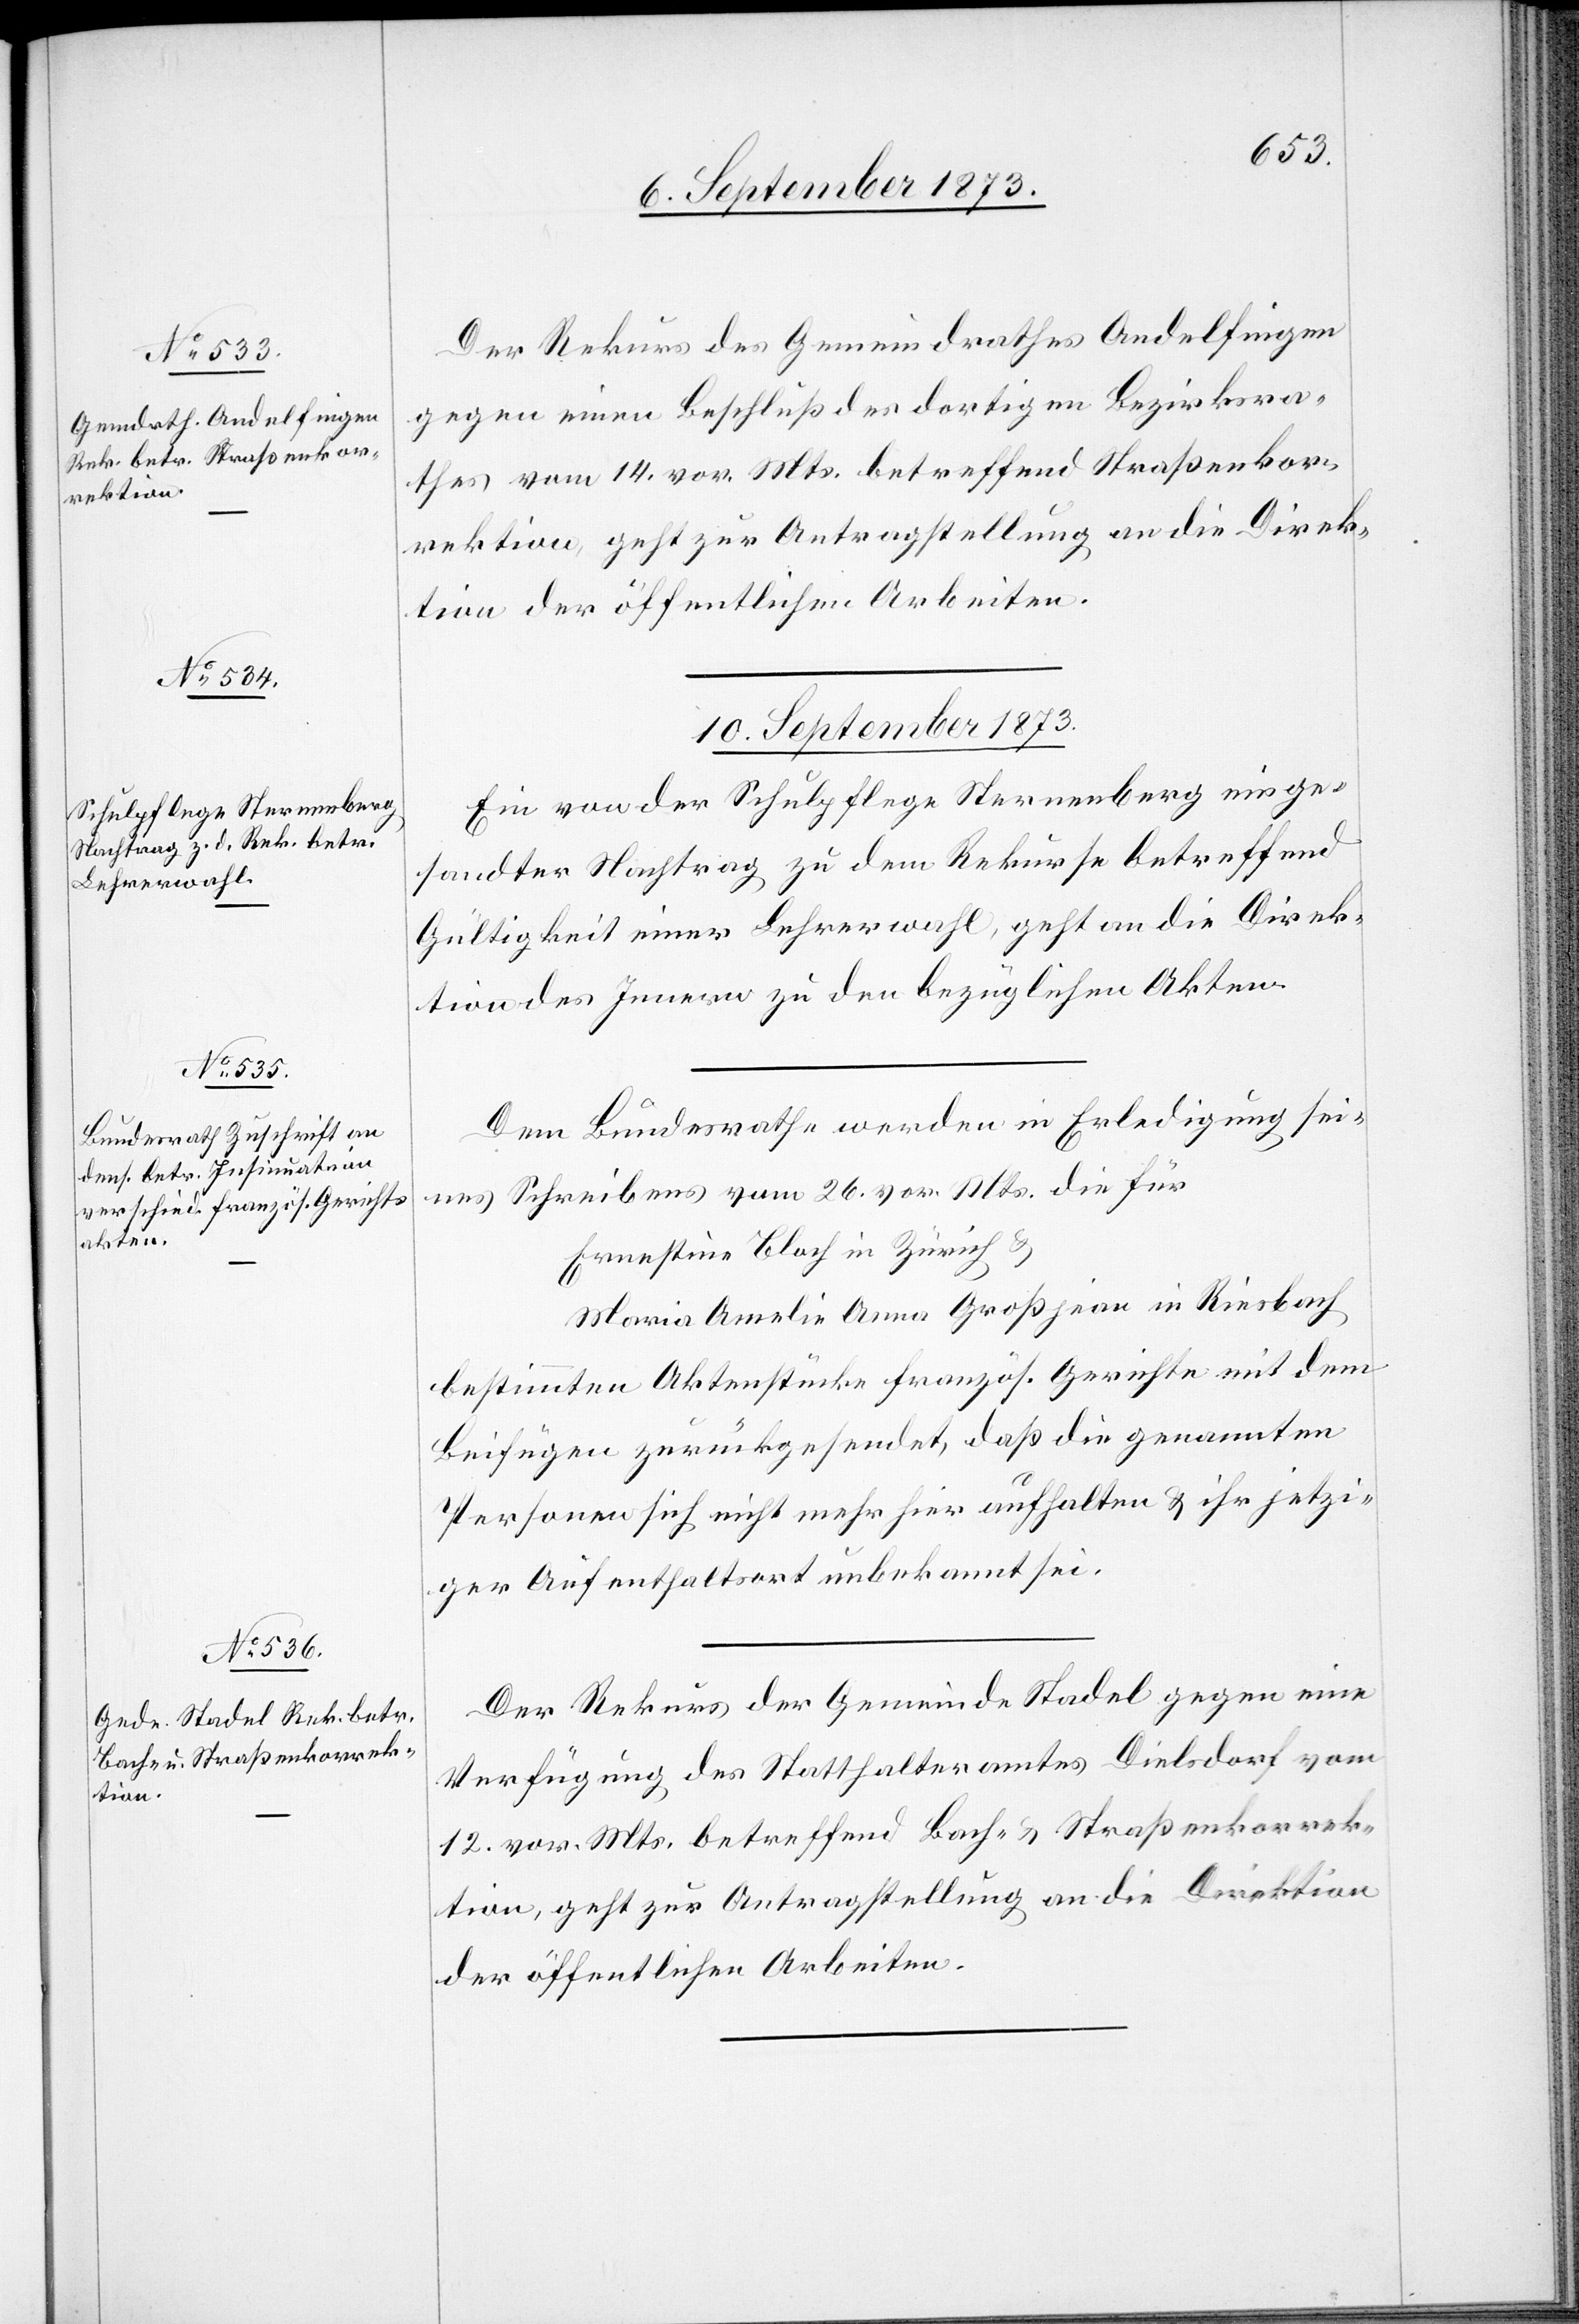
9. September 1873.]
Der Rekurs des Gemeindrathes Andelfingen
gegen einen Beschluß des dortigen Bezirksra¬
thes vom 14. vor. Mts. betreffend Straßenkor¬
rektion, geht zur Antragstellung an die Direk¬
tion der öffentlichen Arbeiten.
10. September 1873.]
Ein von der Schulpflege Sternenberg einge¬
sandter Nachtrag zu dem Rekurse betreffend
Gültigkeit einer Lehrerwahl, geht an die Direk¬
tion des Innern zu den bezüglichen Akten.
Dem Bundesrathe werden in Erledigung sei¬
nes Schreibens vom 26. vor. Mts. die für
Ernestine Bloch in Zürich &
Maria Amelie Anna Großjean in Riesbach
bestimmten Aktenstücke französ. Gerichte mit dem
Beifügen zurückgesendet, daß die genannten
Personen sich nicht mehr hier aufhalten & ihr jetzi¬
ger Aufenthaltsort unbekannt sei.
Der Rekurs der Gemeinde Stadel gegen eine
Verfügung des Statthalteramtes Dielsdorf vom
12. vor. Mts. betreffend Bach- & Straßenkorrek¬
tion, geht zur Antragstellung an die Direktion
der öffentlichen Arbeiten.